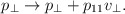
\begin{align*}p_\bot \rightarrow p_\bot + p_{11} v_\bot.\end{align*}